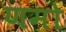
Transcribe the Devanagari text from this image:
णमो